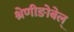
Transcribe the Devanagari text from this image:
श्रेणीङोबेल्